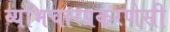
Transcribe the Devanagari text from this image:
व्यभिचारप्रकरणेसी